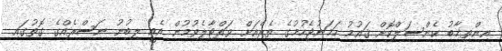
އިންތިޚާބު ކެންސަލްކޮށް ޤައުމު ހަމަނުޖެހުމުގެ ތެރެއަށް ވައްޓާލެވުމުން އެއީ ލިބުނު ނަސްރެއްގެ ގޮތުގައި